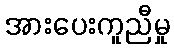
အားပေးကူညီမှု